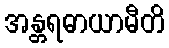
အန္တရဓာယာမီတိ